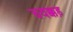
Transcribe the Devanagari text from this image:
चवक्कड़